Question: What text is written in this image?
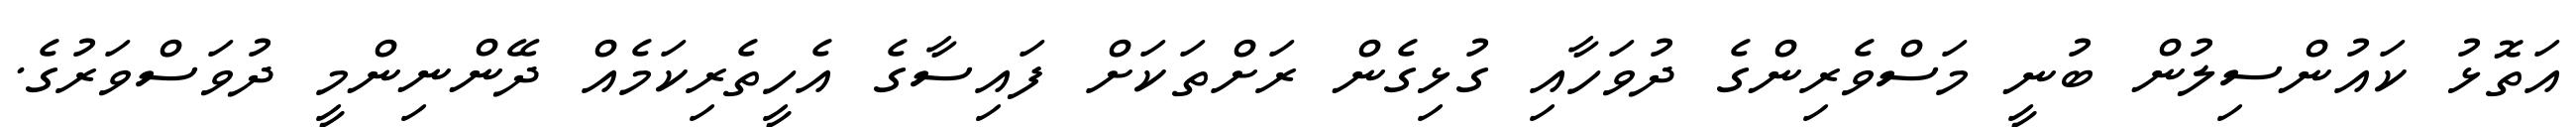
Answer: އަތޮޅު ކައުންސިލުން ބުނީ މަސްވެރިންގެ ދުވަހާއި ގުޅިގެން ރަށްތަކަށް ފައިސާގެ އެހީތެރިކަމެއް ދޭންނިންމީ ދުވަސްވަރުގެ.